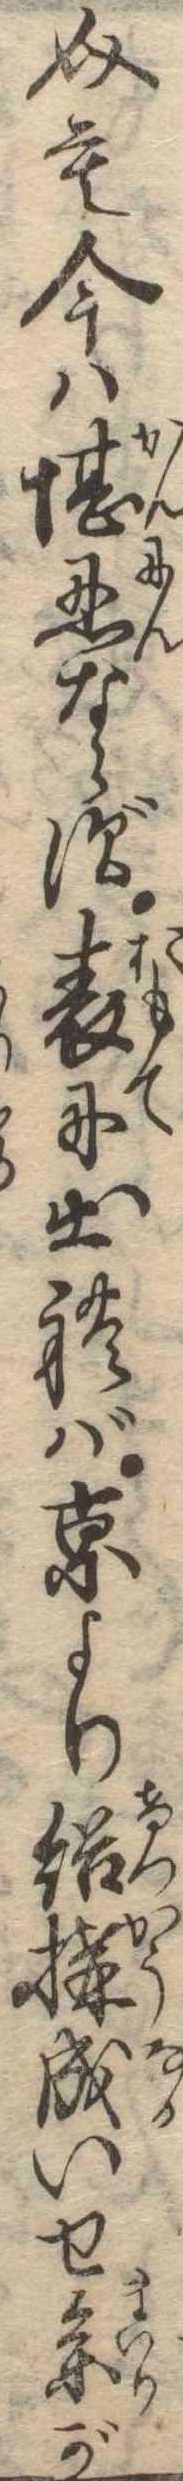
介も今は堪忍ならず表に出れば京より結構成いせ参が